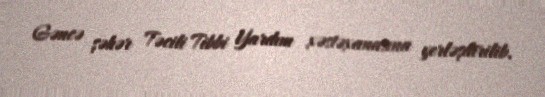
Gəncə şəhər Təcili Tibbi Yardım xəstəxanasına yerləşdirilib.